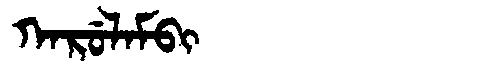
Manchu: ᡴᠠᡵᡠᠯᠠᠮᠪᡳ
Romanization: KARULAMBI